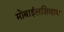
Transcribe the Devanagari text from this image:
मोबाईलशिवाय